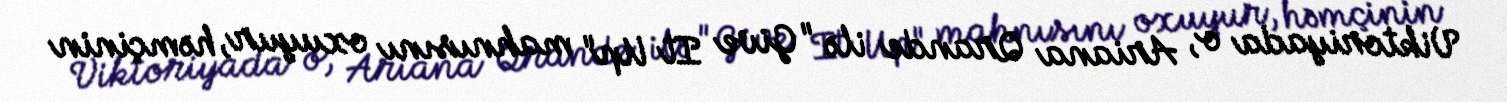
Viktoriyada o, Ariana Qrande ilə "Give It Up" mahnısını oxuyur, həmçinin